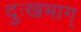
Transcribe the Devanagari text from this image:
दुःखभाग्